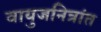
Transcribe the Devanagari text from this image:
वायुजनित्रांत